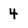
Character: 4